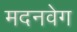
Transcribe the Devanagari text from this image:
मदनवेग